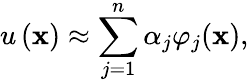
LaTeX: u\left(\mathbf{x}\right)\approx\sum_{j=1}^{n}\alpha_{j}\varphi_{j}(\mathbf{x}),